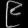
Digit: ၉